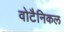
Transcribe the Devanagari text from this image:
वोटैनिकल